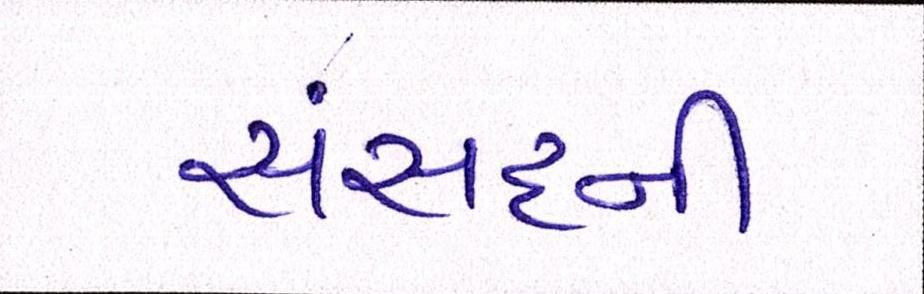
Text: સંસદની